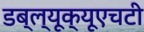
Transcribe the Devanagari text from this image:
डब्ल्यूक्यूएचटी